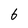
Character: 6